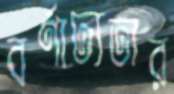
বর্ণাঢ্যতার